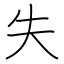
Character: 失